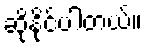
ဆိုနိုင်ပါတယ်။